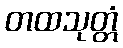
တထသုတ္တံ